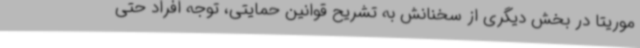
موریتا در بخش دیگری از سخنانش به تشریح قوانین حمایتی، توجه افراد حتی